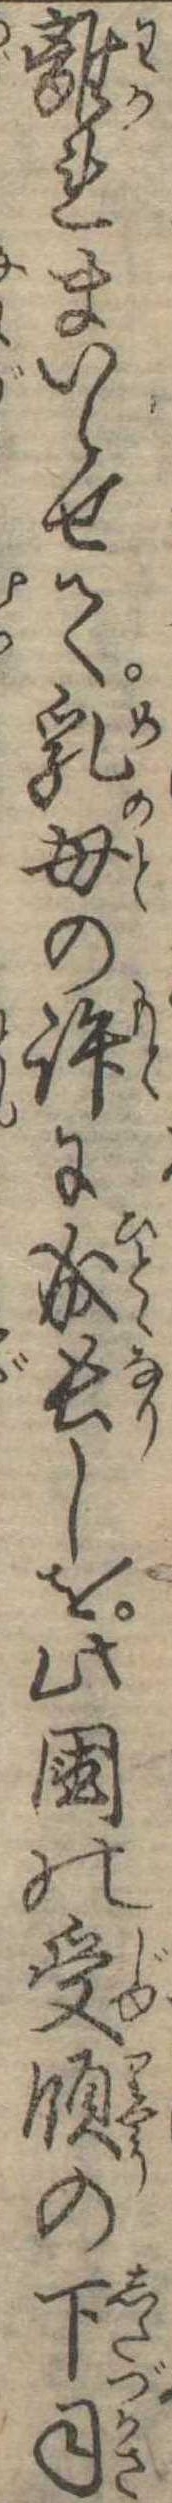
離れまいらせて乳母の許に成長しを此国の受領の下司